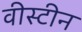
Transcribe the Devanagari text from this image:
वीस्टीन